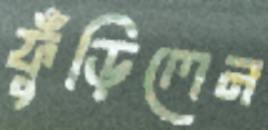
ফুঁড়িলেন